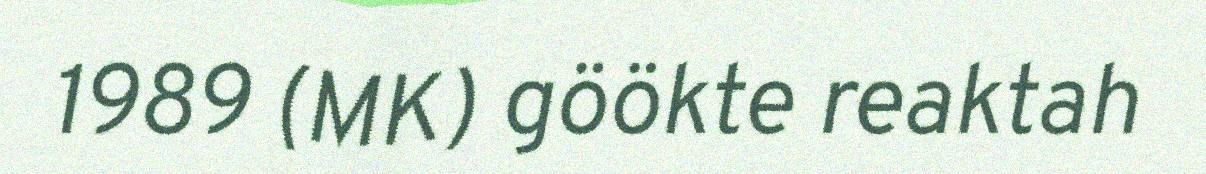
1989 (MK) göökte reaktah